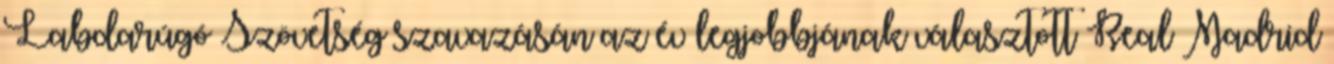
Labdarúgó Szövetség szavazásán az év legjobbjának választott Real Madrid